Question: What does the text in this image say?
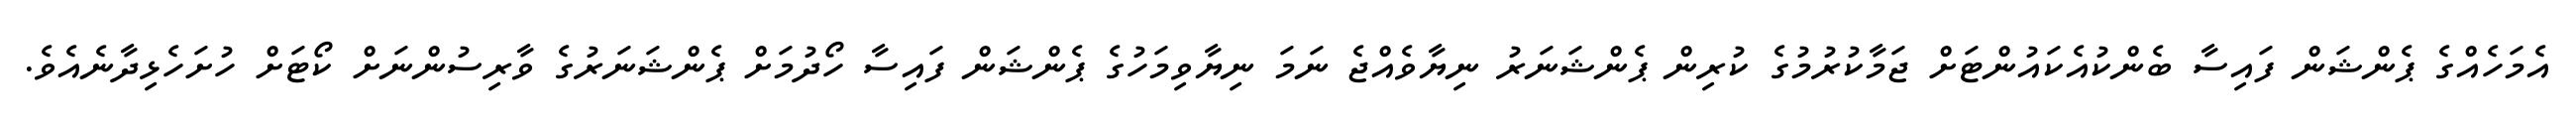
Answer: އެމަހެއްގެ ޕެންޝަން ފައިސާ ބެންކުއެކައުންޓަށް ޖަމާކުރުމުގެ ކުރިން ޕެންޝަނަރު ނިޔާވެއްޖެ ނަމަ ނިޔާވިމަހުގެ ޕެންޝަން ފައިސާ ހޯދުމަށް ޕެންޝަނަރުގެ ވާރިސުންނަށް ކޯޓަށް ހުށަހެޅިދާނެއެވެ.